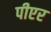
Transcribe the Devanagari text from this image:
पीएर